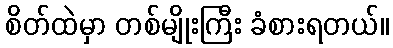
စိတ်ထဲမှာ တစ်မျိုးကြီး ခံစားရတယ်။